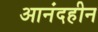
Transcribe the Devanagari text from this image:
आनंदहीन